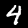
Digit: 4